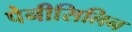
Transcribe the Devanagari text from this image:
पेनीसिलिन